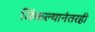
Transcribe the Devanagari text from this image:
जिंकल्यानंतरही